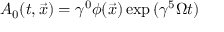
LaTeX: { \cal A } _ { 0 } ( t , \vec { x } ) = \gamma ^ { 0 } \phi ( \vec { x } ) \exp { ( \gamma ^ { 5 } \Omega t ) }